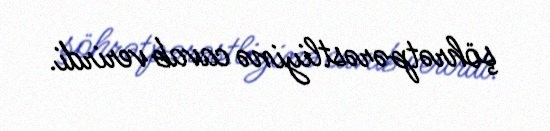
şöhrətpərəstliyinə cavab verirdi.